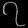
Digit: ၇